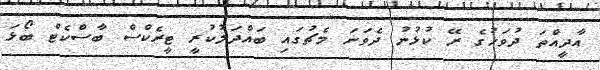
އާދީއްތަ ދުވަހުގެ ރޭ ކުޅުނު ދެވަނަ މެޗުގައި ބައްދަލުކުރީ ޓީރެކްސް ބާސްކެޓް ބޯޅަ